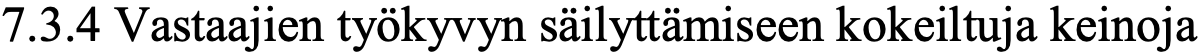
7.3.4 Vastaajien työkyvyn säilyttämiseen kokeiltuja keinoja